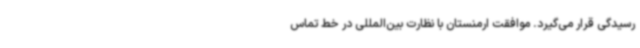
رسیدگی قرار می‌گیرد. موافقت ارمنستان با نظارت بین‌المللی در خط تماس